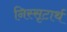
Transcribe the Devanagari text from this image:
निस्सृटार्थ